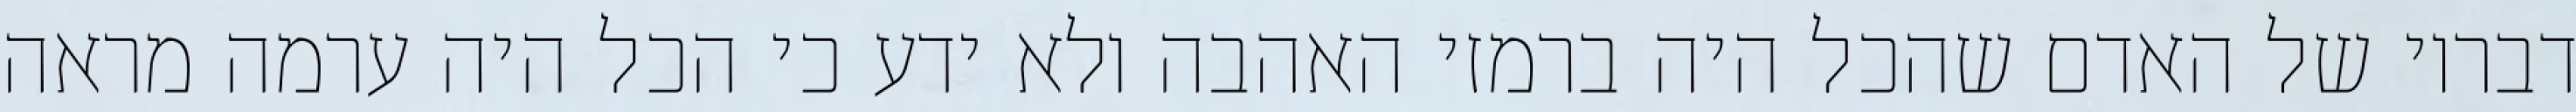
דבריו של האדם שהכל היה ברמזי האהבה ולא ידע כי הכל היה ערמה מראה